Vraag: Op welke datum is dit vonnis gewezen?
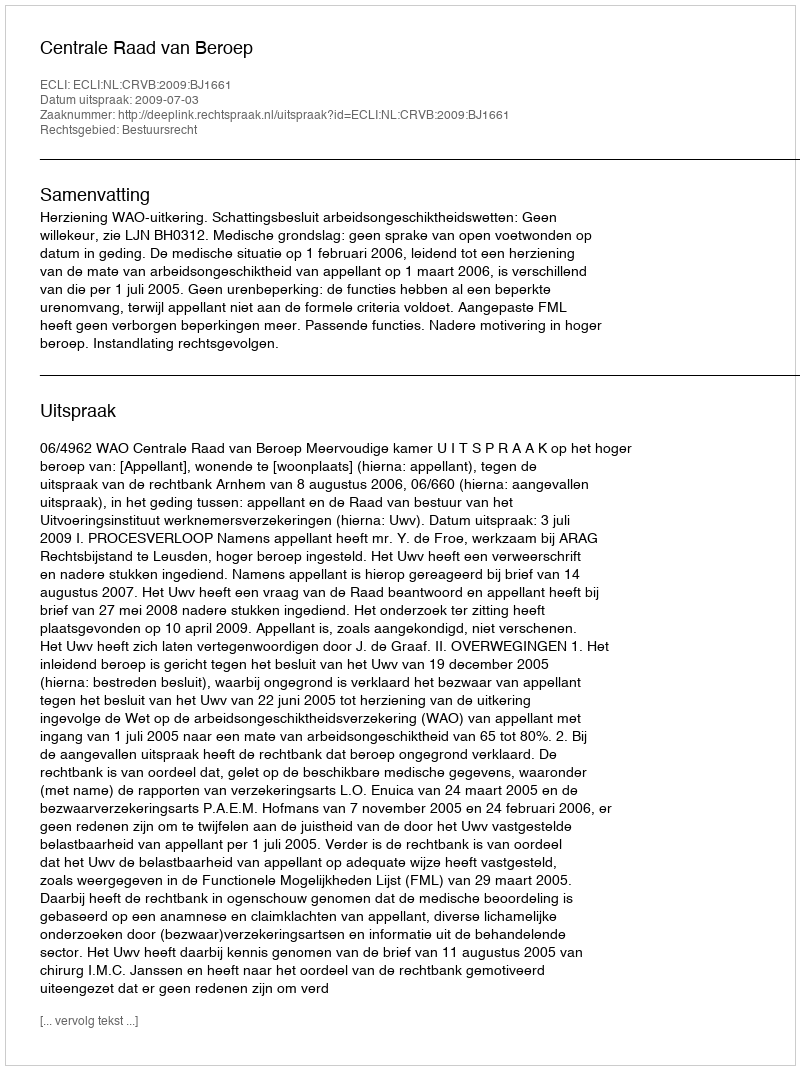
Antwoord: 2009-07-03